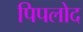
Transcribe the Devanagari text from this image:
पिपलोद